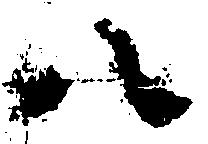
八